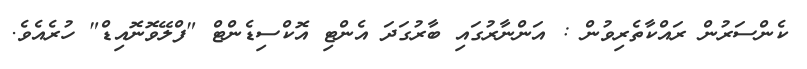
ކެންސަރުން ރައްކާތެރިވުން : އަންނާރުގައި ބާރުގަދަ އެންޓި އޮކްސިޑެންޓް "ފްލޭވޮނޮއިޑް" ހުރެއެވެ.